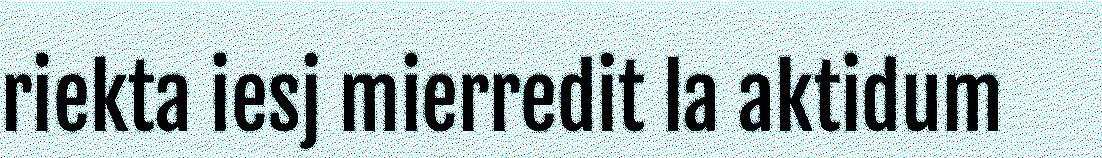
riekta iesj mierredit la aktidum